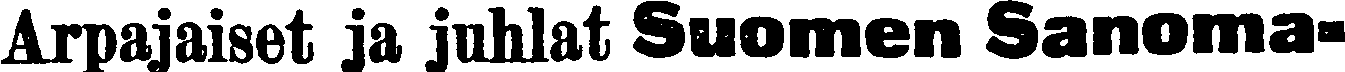
Arpajaiset ja juhlat Suomen Sanoma-